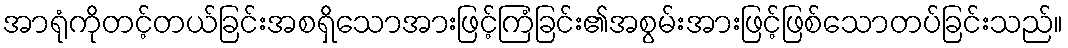
အာရုံကိုတင့်တယ်ခြင်းအစရှိသောအားဖြင့်ကြံခြင်း၏အစွမ်းအားဖြင့်ဖြစ်သောတပ်ခြင်းသည်။